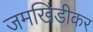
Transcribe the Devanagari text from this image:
जमखिंडीकर